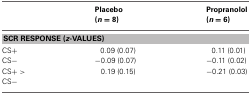
|  | Placebo (n = 8) | Propranolol (n = 6) |
 | --- | --- | --- |
 | <COLSPAN=3> SCR RESPONSE (z-VALUES) |
 | CS+ | 0.09 (0.07) | 0.11 (0.01) |
 | CS− | −0.09 (0.07) | −0.11 (0.02) |
 | CS+ > | 0.19 (0.15) | −0.21 (0.03) |
 | CS− |  |  |